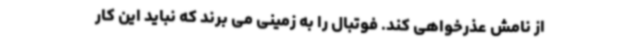
از نامش عذرخواهی کند. فوتبال را به زمینی می برند که نباید این کار